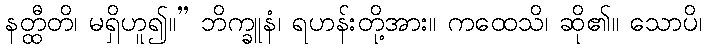
နတ္ထီတိ၊ မရှိဟူ၍။” ဘိက္ခူနံ၊ ရဟန်းတို့အား။ ကထေသိ၊ ဆို၏။ သောပိ၊